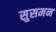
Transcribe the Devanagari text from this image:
सुसमन